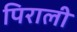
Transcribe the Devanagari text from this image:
पिराली